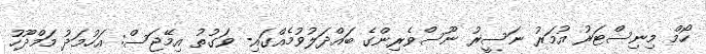
ހޯމް މިނިސްޓަރު އުމަރު ނަސީރު ނޫސްވެރިންގެ ބައްދަލުވުމެއްގައި- ވަގުތު އިމޭޖަސް: އަހުމަދު މަމްދޫހު